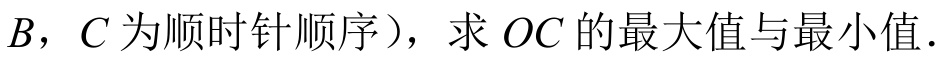
\(B，C\)为顺时针顺序），求\(OC\)的最大值与最小值．